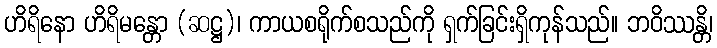
ဟိရိနော ဟိရိမန္တော (ဆဋ္ဌ)၊ ကာယစရိုက်စသည်ကို ရှက်ခြင်းရှိကုန်သည်။ ဘဝိဿန္တိ၊